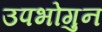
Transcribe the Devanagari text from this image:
उपभोगुन